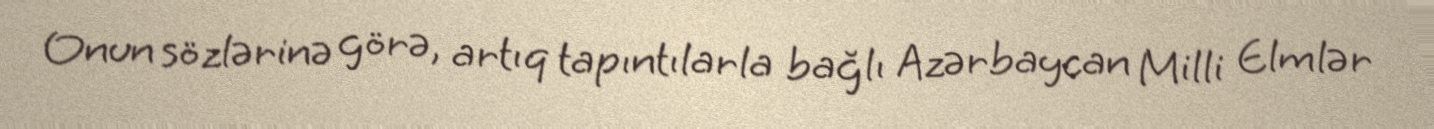
Onun sözlərinə görə, artıq tapıntılarla bağlı Azərbaycan Milli Elmlər